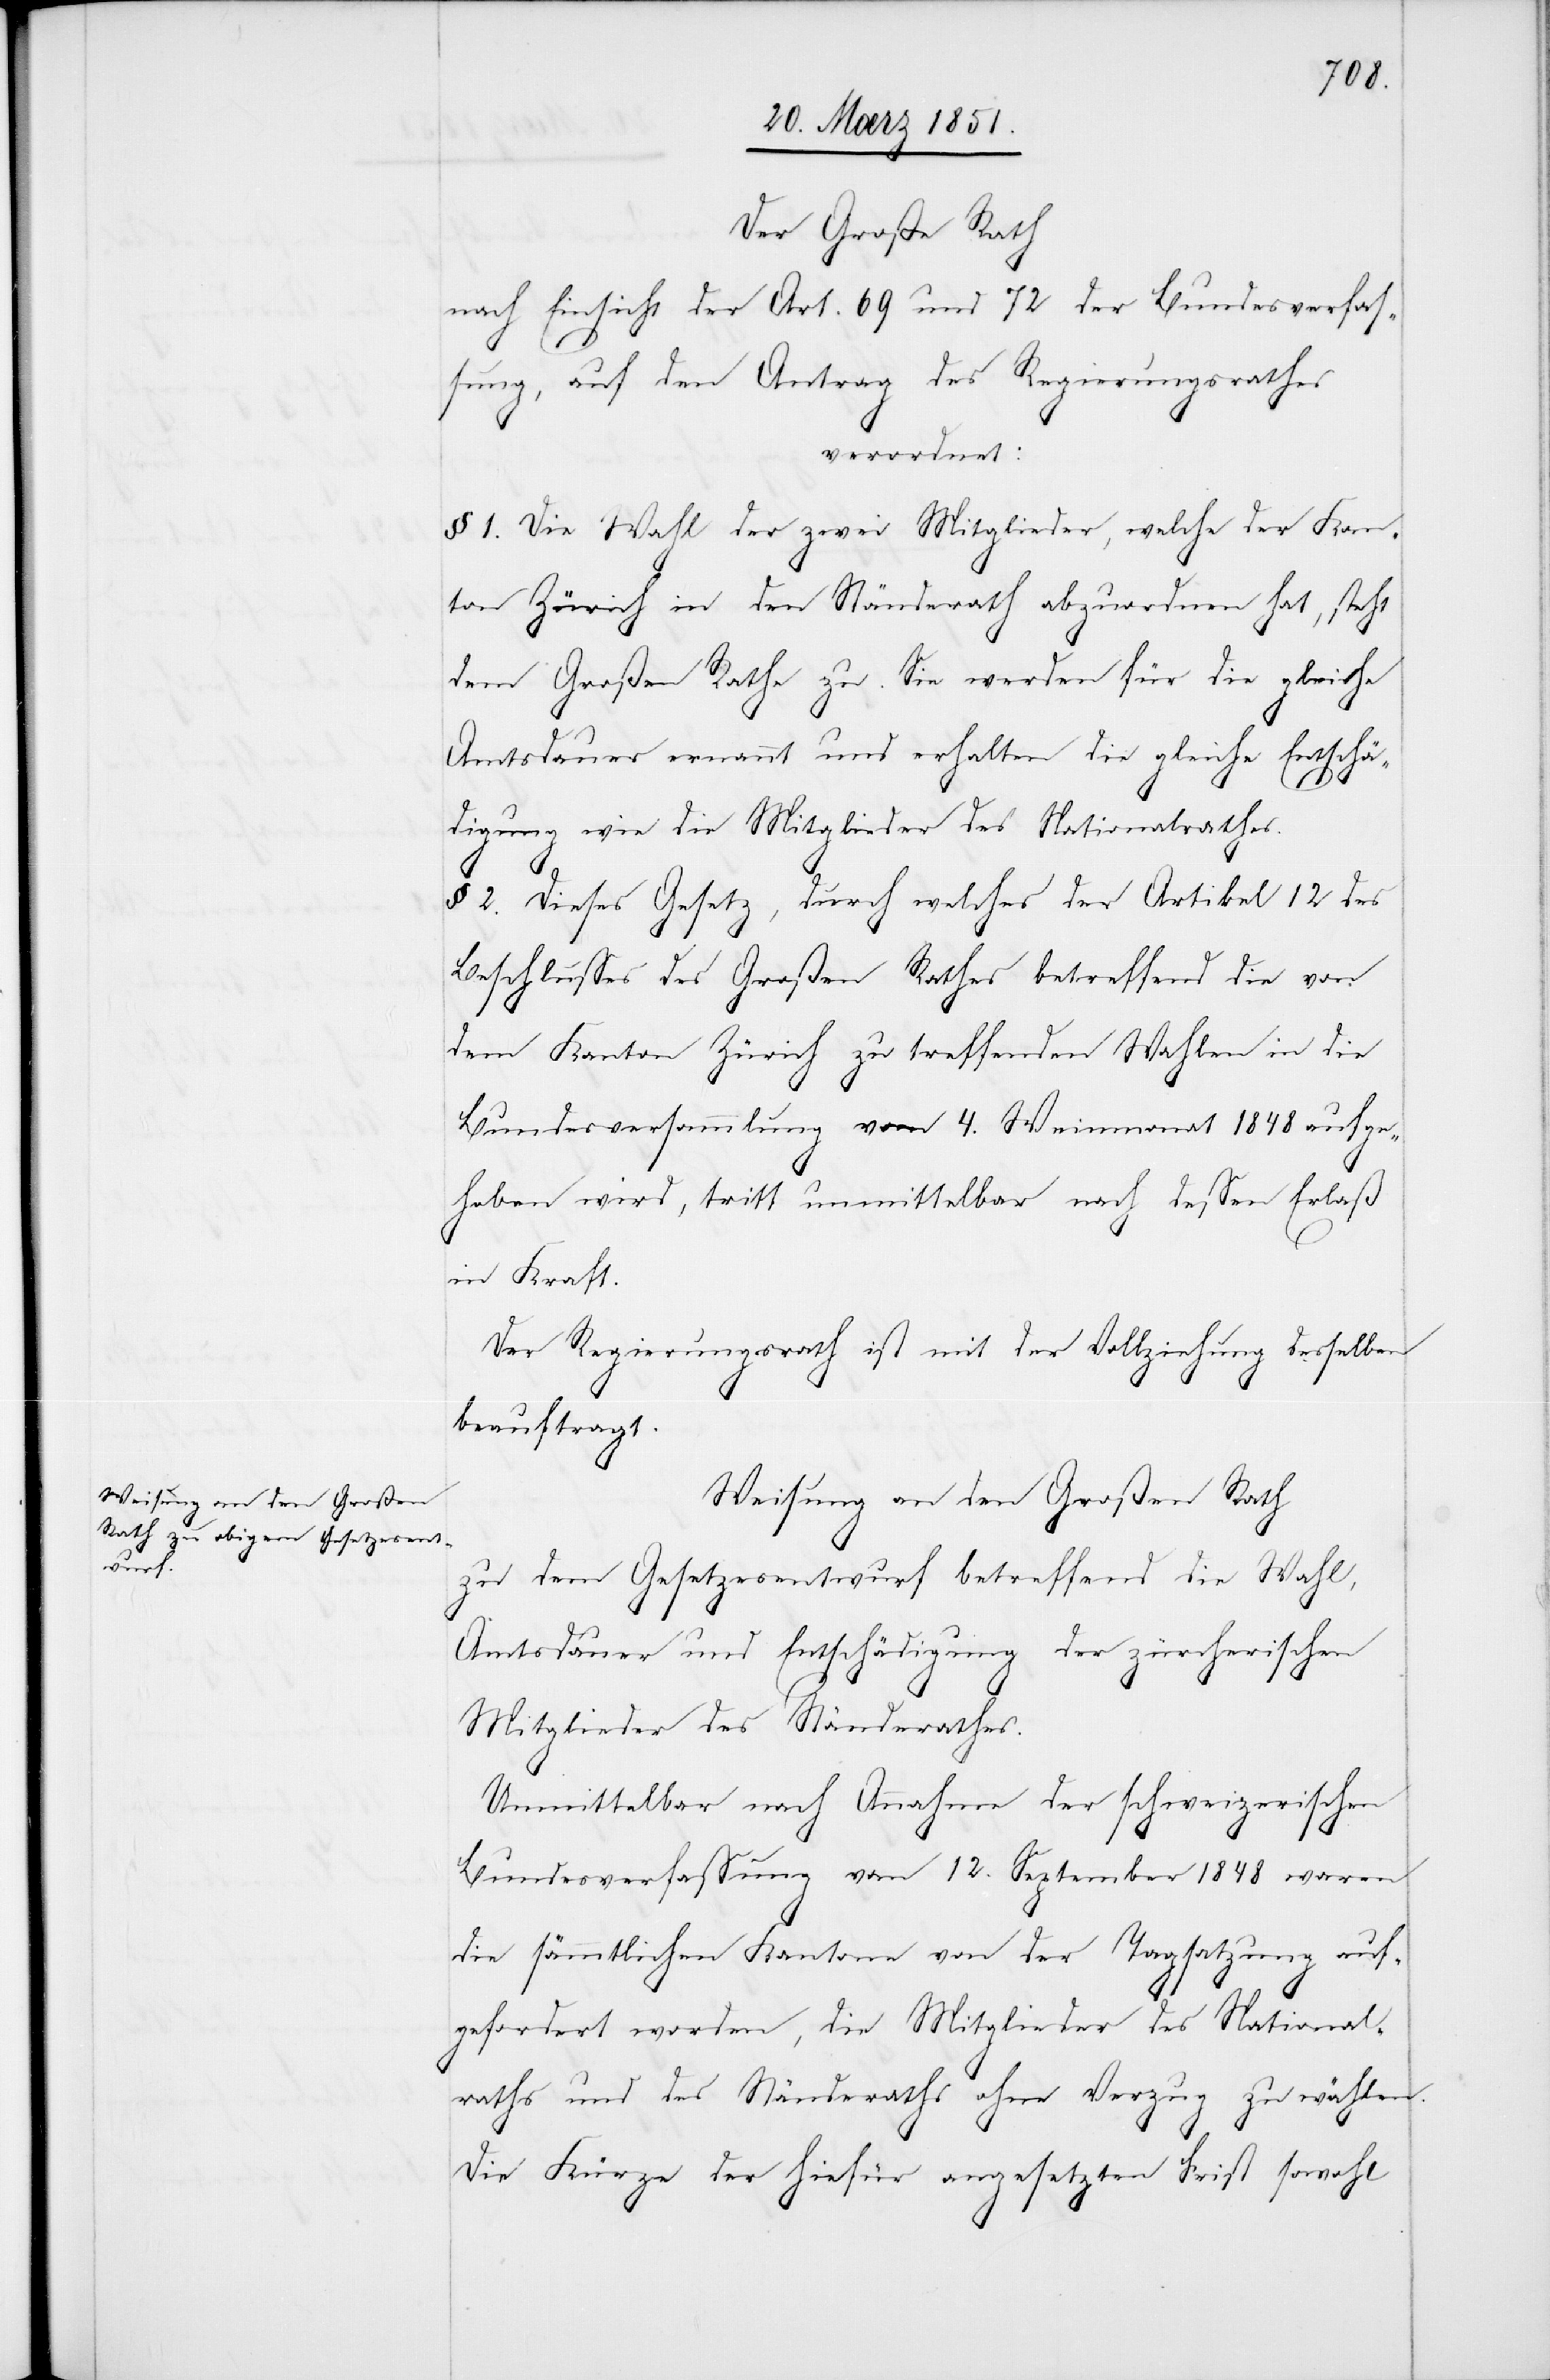
Weisung an den Großen Rath
zu dem Gesetzesentwurf betreffend die Wahl,
Amtsdauer und Entschädigung der zürcherischen
Mitglieder des Ständerathes.
Unmittelbar nach Annahme der schweizerischen
Bundesverfassung vom 12. September 1848 waren
die sämmtlichen Kantone von der Tagsatzung auf¬
gefordert worden, die Mitglieder des National¬
raths und des Ständeraths ohne Verzug zu wählen.
Die Kürze der hiefür angesetzten Frist sowohl